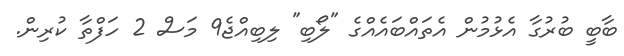
ބާބީ ބުރުގާ އެޅުމުން އެތައްބައެއްގެ "ލޯބި" ލިބިއްޖެ9 މަސް 2 ހަފްތާ ކުރިން.